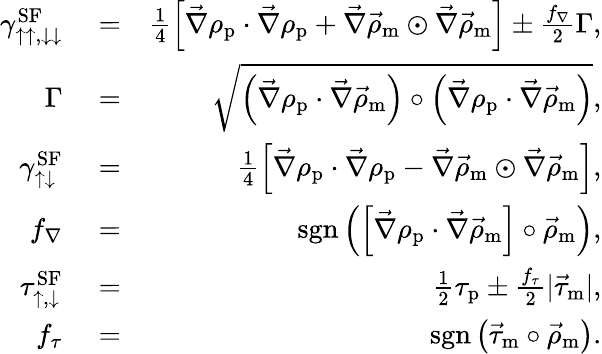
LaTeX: \begin{array}{rlr}{\gamma_{\uparrow\uparrow,\downarrow\downarrow}^{\textrm{SF}}}&{{}=}&{\frac{1}{4}\left[\vec{\nabla}\rho_{\textrm{p}}\cdot\vec{\nabla}\rho_{\textrm{p}}+\vec{\nabla}\vec{\rho}_{\textrm{m}}\odot\vec{\nabla}\vec{\rho}_{\textrm{m}}\right]\pm\frac{f_{\nabla}}{2}\Gamma,}\\ {\Gamma}&{{}=}&{\sqrt{\left(\vec{\nabla}\rho_{\textrm{p}}\cdot\vec{\nabla}\vec{\rho}_{\textrm{m}}\right)\circ\left(\vec{\nabla}\rho_{\textrm{p}}\cdot\vec{\nabla}\vec{\rho}_{\textrm{m}}\right)},}\\ {\gamma_{\uparrow\downarrow}^{\textrm{SF}}}&{{}=}&{\frac{1}{4}\left[\vec{\nabla}\rho_{\textrm{p}}\cdot\vec{\nabla}\rho_{\textrm{p}}-\vec{\nabla}\vec{\rho}_{\textrm{m}}\odot\vec{\nabla}\vec{\rho}_{\textrm{m}}\right],}\\ {f_{\nabla}}&{{}=}&{\textrm{sgn}\left(\left[\vec{\nabla}\rho_{\textrm{p}}\cdot\vec{\nabla}\vec{\rho}_{\textrm{m}}\right]\circ\vec{\rho}_{\textrm{m}}\right),}\\ {\tau_{\uparrow,\downarrow}^{\textrm{SF}}}&{{}=}&{\frac{1}{2}\tau_{\textrm{p}}\pm\frac{f_{\tau}}{2}|\vec{\tau}_{\textrm{m}}|,}\\ {f_{\tau}}&{{}=}&{\textrm{sgn}\left(\vec{\tau}_{\textrm{m}}\circ\vec{\rho}_{\textrm{m}}\right).}\end{array}